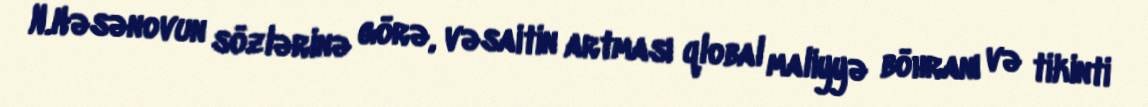
N.Həsənovun sözlərinə görə, vəsaitin artması qlobal maliyyə böhranı və tikinti